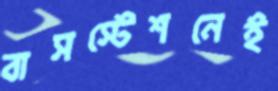
বাসস্টেশনেই